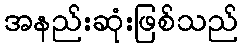
အနည်းဆုံးဖြစ်သည်